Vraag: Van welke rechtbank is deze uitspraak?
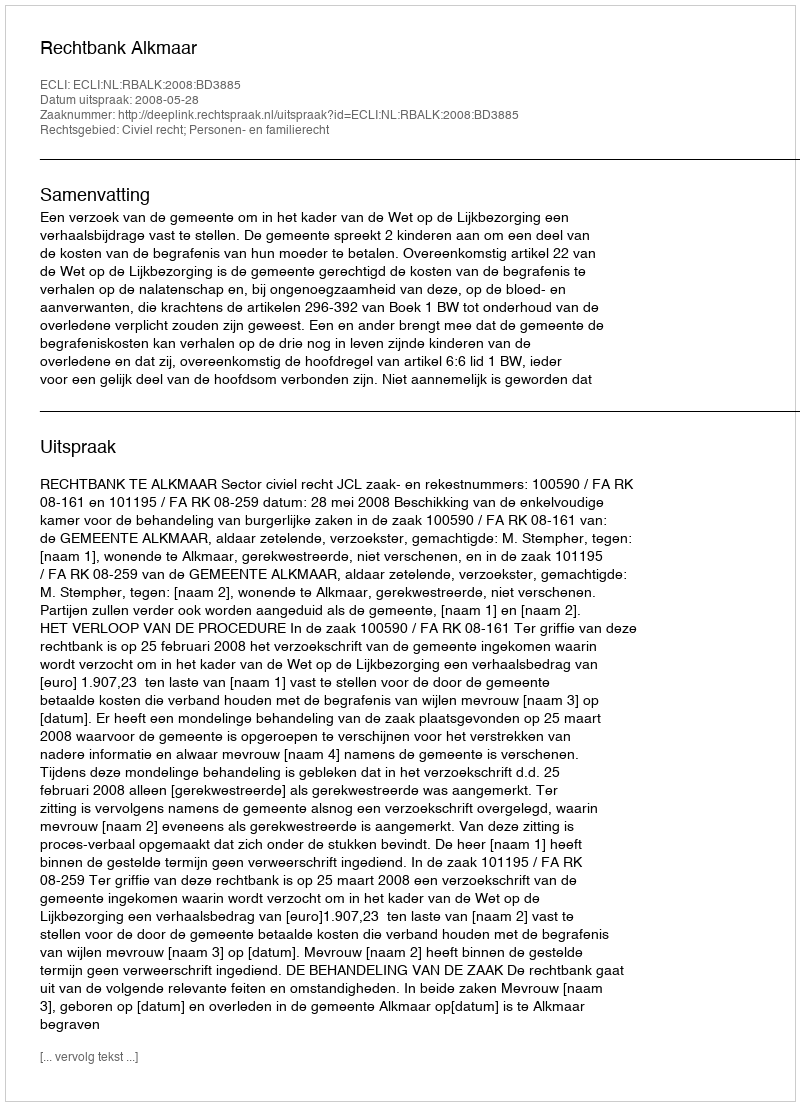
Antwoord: Rechtbank Alkmaar